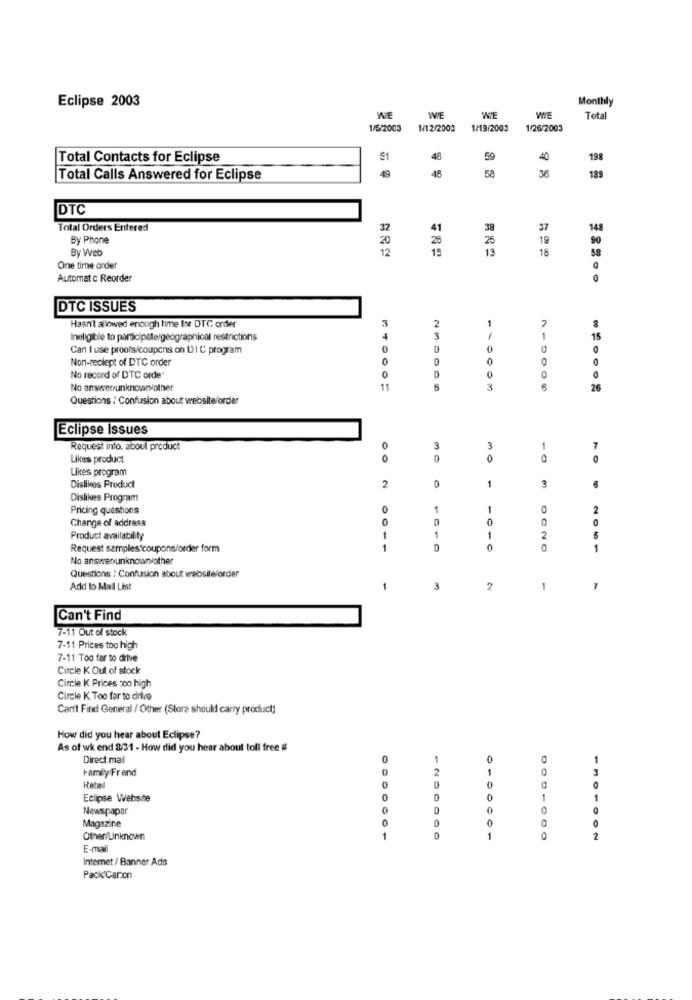
Eclipse 2003
Monthly
WE
WIE
WIE
Total
1/5/2003
1/12/2003
1/19/2003
1/26/2003
Total Contacts for Eclipse
51
48
59
40
198
45
58
36
Total Calls Answered for Eclipse
49
189
DTC
Total Orders Entered
32
41
38
37
14
By Phone
20
25
25
19
By Web
12
1
13
5.8
18
One time order
Automat c Reorder
DTC ISSUES
Hasn't allowed enough time for DTG order
3
Ineligible to participate/geographical restrictions
1
15
Can I use proofs/coupons on DI C program
0
0
0
Non-reciept of DTC order
0
2330
0
0
0
No record of DTC orde"
No answerunknown other
11
5
3
6
26
Questions : Confusion about website/order
Eclipse Issues
Request info, about product
0
3
3
7
Likes product
0
0
0
-O
Likes program
0
1
Dislikes Product
2
3
6
Dislikes Program
Pricing questions
0
1
1
O
2
Change of address
0
D
0
0
Product availability
1
1
1
2
5
Request samples coupons/order form
1
0
1
No answeriunknown other
Questions : Confusion about website/order
Add to Mail List
1
3
2
1
7
Can't Find
7-11 Out of stock
7-11 Prices too high
7-11 Too far to drive
Circle K Out of stock
Circle K Prices :co high
Circle K Too far to drive
Can't Find General / Other (Store should carry product]
How did you hear about Eclipse?
As of wk end 8/31 - How did you hear about toll free #
Direct mail
1
Family. Frend
Retal
Eclipse Website
Newspapar
Magazine
Other/Unknown
D
01
2
ON
E-mail
Internet / Banner Ads
Pack Caron